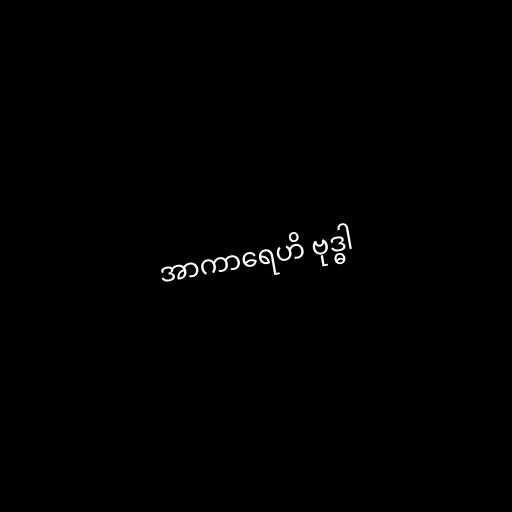
အာကာရေဟိ ဗုဒ္ဓါ